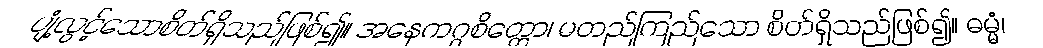
ပျံ့လွင့်သောစိတ်ရှိသည်ဖြစ်၍။ အနေကဂ္ဂစိတ္တော၊ မတည်ကြည်သော စိတ်ရှိသည်ဖြစ်၍။ ဓမ္မံ၊